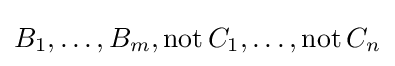
B_{1},\dots ,B_{m},\operatorname {not} C_{1},\dots ,\operatorname {not} C_{n}